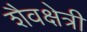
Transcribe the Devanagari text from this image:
शैवक्षेत्री